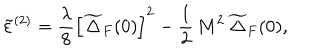
\tilde { \varepsilon } ^ { ( 2 ) } = \frac { \lambda } { 8 } \left[ \widetilde { \Delta } _ { F } ( 0 ) \right] ^ { 2 } - \frac { 1 } { 2 } \, M ^ { 2 } \, \widetilde { \Delta } _ { F } ( 0 ) ,